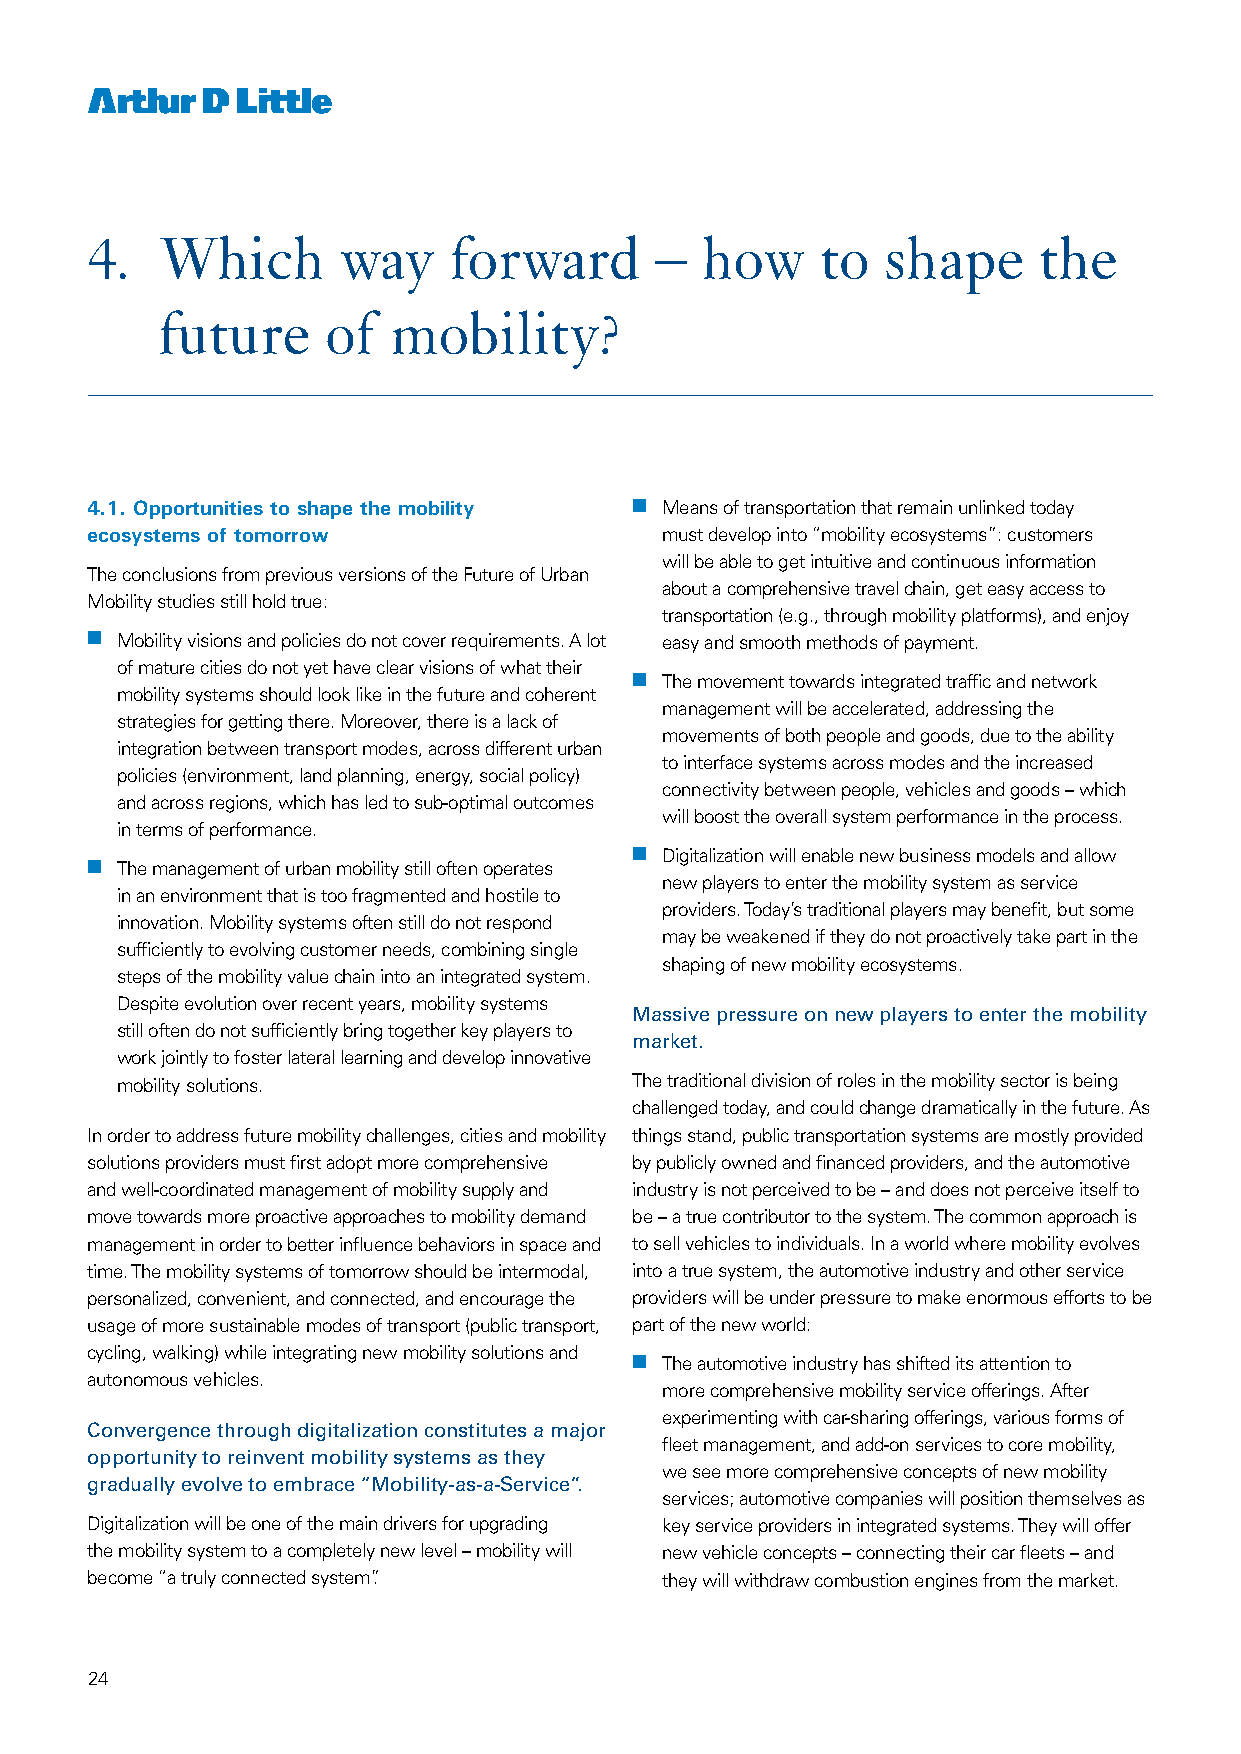
4.  Which       way     forward      –  how     to   shape     the
 future      of  mobility?
 4.1. Opportunities to shape the mobility nn Means of transportation that remain unlinked today
 ecosystems of tomorrow                must develop into “mobility ecosystems”: customers
 will be able to get intuitive and continuous information
 The conclusions from previous versions of the Future of Urban
 about a comprehensive travel chain, get easy access to
 Mobility studies still hold true:
 transportation (e.g., through mobility platforms), and enjoy
 nn Mobility visions and policies do not cover requirements. A lot easy and smooth methods of payment.
 of mature cities do not yet have clear visions of what their
 nn The movement towards integrated traffic and network
 mobility systems should look like in the future and coherent
 management will be accelerated, addressing the
 strategies for getting there. Moreover, there is a lack of
 movements of both people and goods, due to the ability
 integration between transport modes, across different urban
 to interface systems across modes and the increased
 policies (environment, land planning, energy, social policy)
 connectivity between people, vehicles and goods – which
 and across regions, which has led to sub-optimal outcomes
 will boost the overall system performance in the process.
 in terms of performance.
 nn Digitalization will enable new business models and allow
 nn The management of urban mobility still often operates
 new players to enter the mobility system as service
 in an environment that is too fragmented and hostile to
 providers. Today’s traditional players may benefit, but some
 innovation. Mobility systems often still do not respond
 may be weakened if they do not proactively take part in the
 sufficiently to evolving customer needs, combining single
 shaping of new mobility ecosystems.
 steps of the mobility value chain into an integrated system.
 Despite evolution over recent years, mobility systems
 Massive pressure on new players to enter the mobility
 still often do not sufficiently bring together key players to
 market.
 work jointly to foster lateral learning and develop innovative
 mobility solutions.               The traditional division of roles in the mobility sector is being
 challenged today, and could change dramatically in the future. As
 In order to address future mobility challenges, cities and mobility things stand, public transportation systems are mostly provided
 solutions providers must first adopt more comprehensive by publicly owned and financed providers, and the automotive
 and well-coordinated management of mobility supply and industry is not perceived to be – and does not perceive itself to
 move towards more proactive approaches to mobility demand be – a true contributor to the system. The common approach is
 management in order to better influence behaviors in space and to sell vehicles to individuals. In a world where mobility evolves
 time. The mobility systems of tomorrow should be intermodal, into a true system, the automotive industry and other service
 personalized, convenient, and connected, and encourage the providers will be under pressure to make enormous efforts to be
 usage of more sustainable modes of transport (public transport, part of the new world:
 cycling, walking) while integrating new mobility solutions and
 nn The automotive industry has shifted its attention to
 autonomous vehicles.
 more comprehensive mobility service offerings. After
 experimenting with car-sharing offerings, various forms of
 Convergence through digitalization constitutes a major
 fleet management, and add-on services to core mobility,
 opportunity to reinvent mobility systems as they
 we see more comprehensive concepts of new mobility
 gradually evolve to embrace “Mobility-as-a-Service”.
 services; automotive companies will position themselves as
 Digitalization will be one of the main drivers for upgrading key service providers in integrated systems. They will offer
 the mobility system to a completely new level – mobility will new vehicle concepts – connecting their car fleets – and
 become “a truly connected system”.    they will withdraw combustion engines from the market.
 24